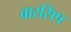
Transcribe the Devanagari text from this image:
बारसिप